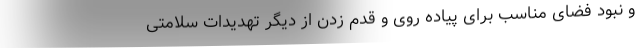
و نبود فضای مناسب برای پیاده روی و قدم زدن از دیگر تهدیدات سلامتی